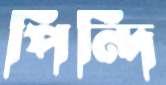
পিন্দি